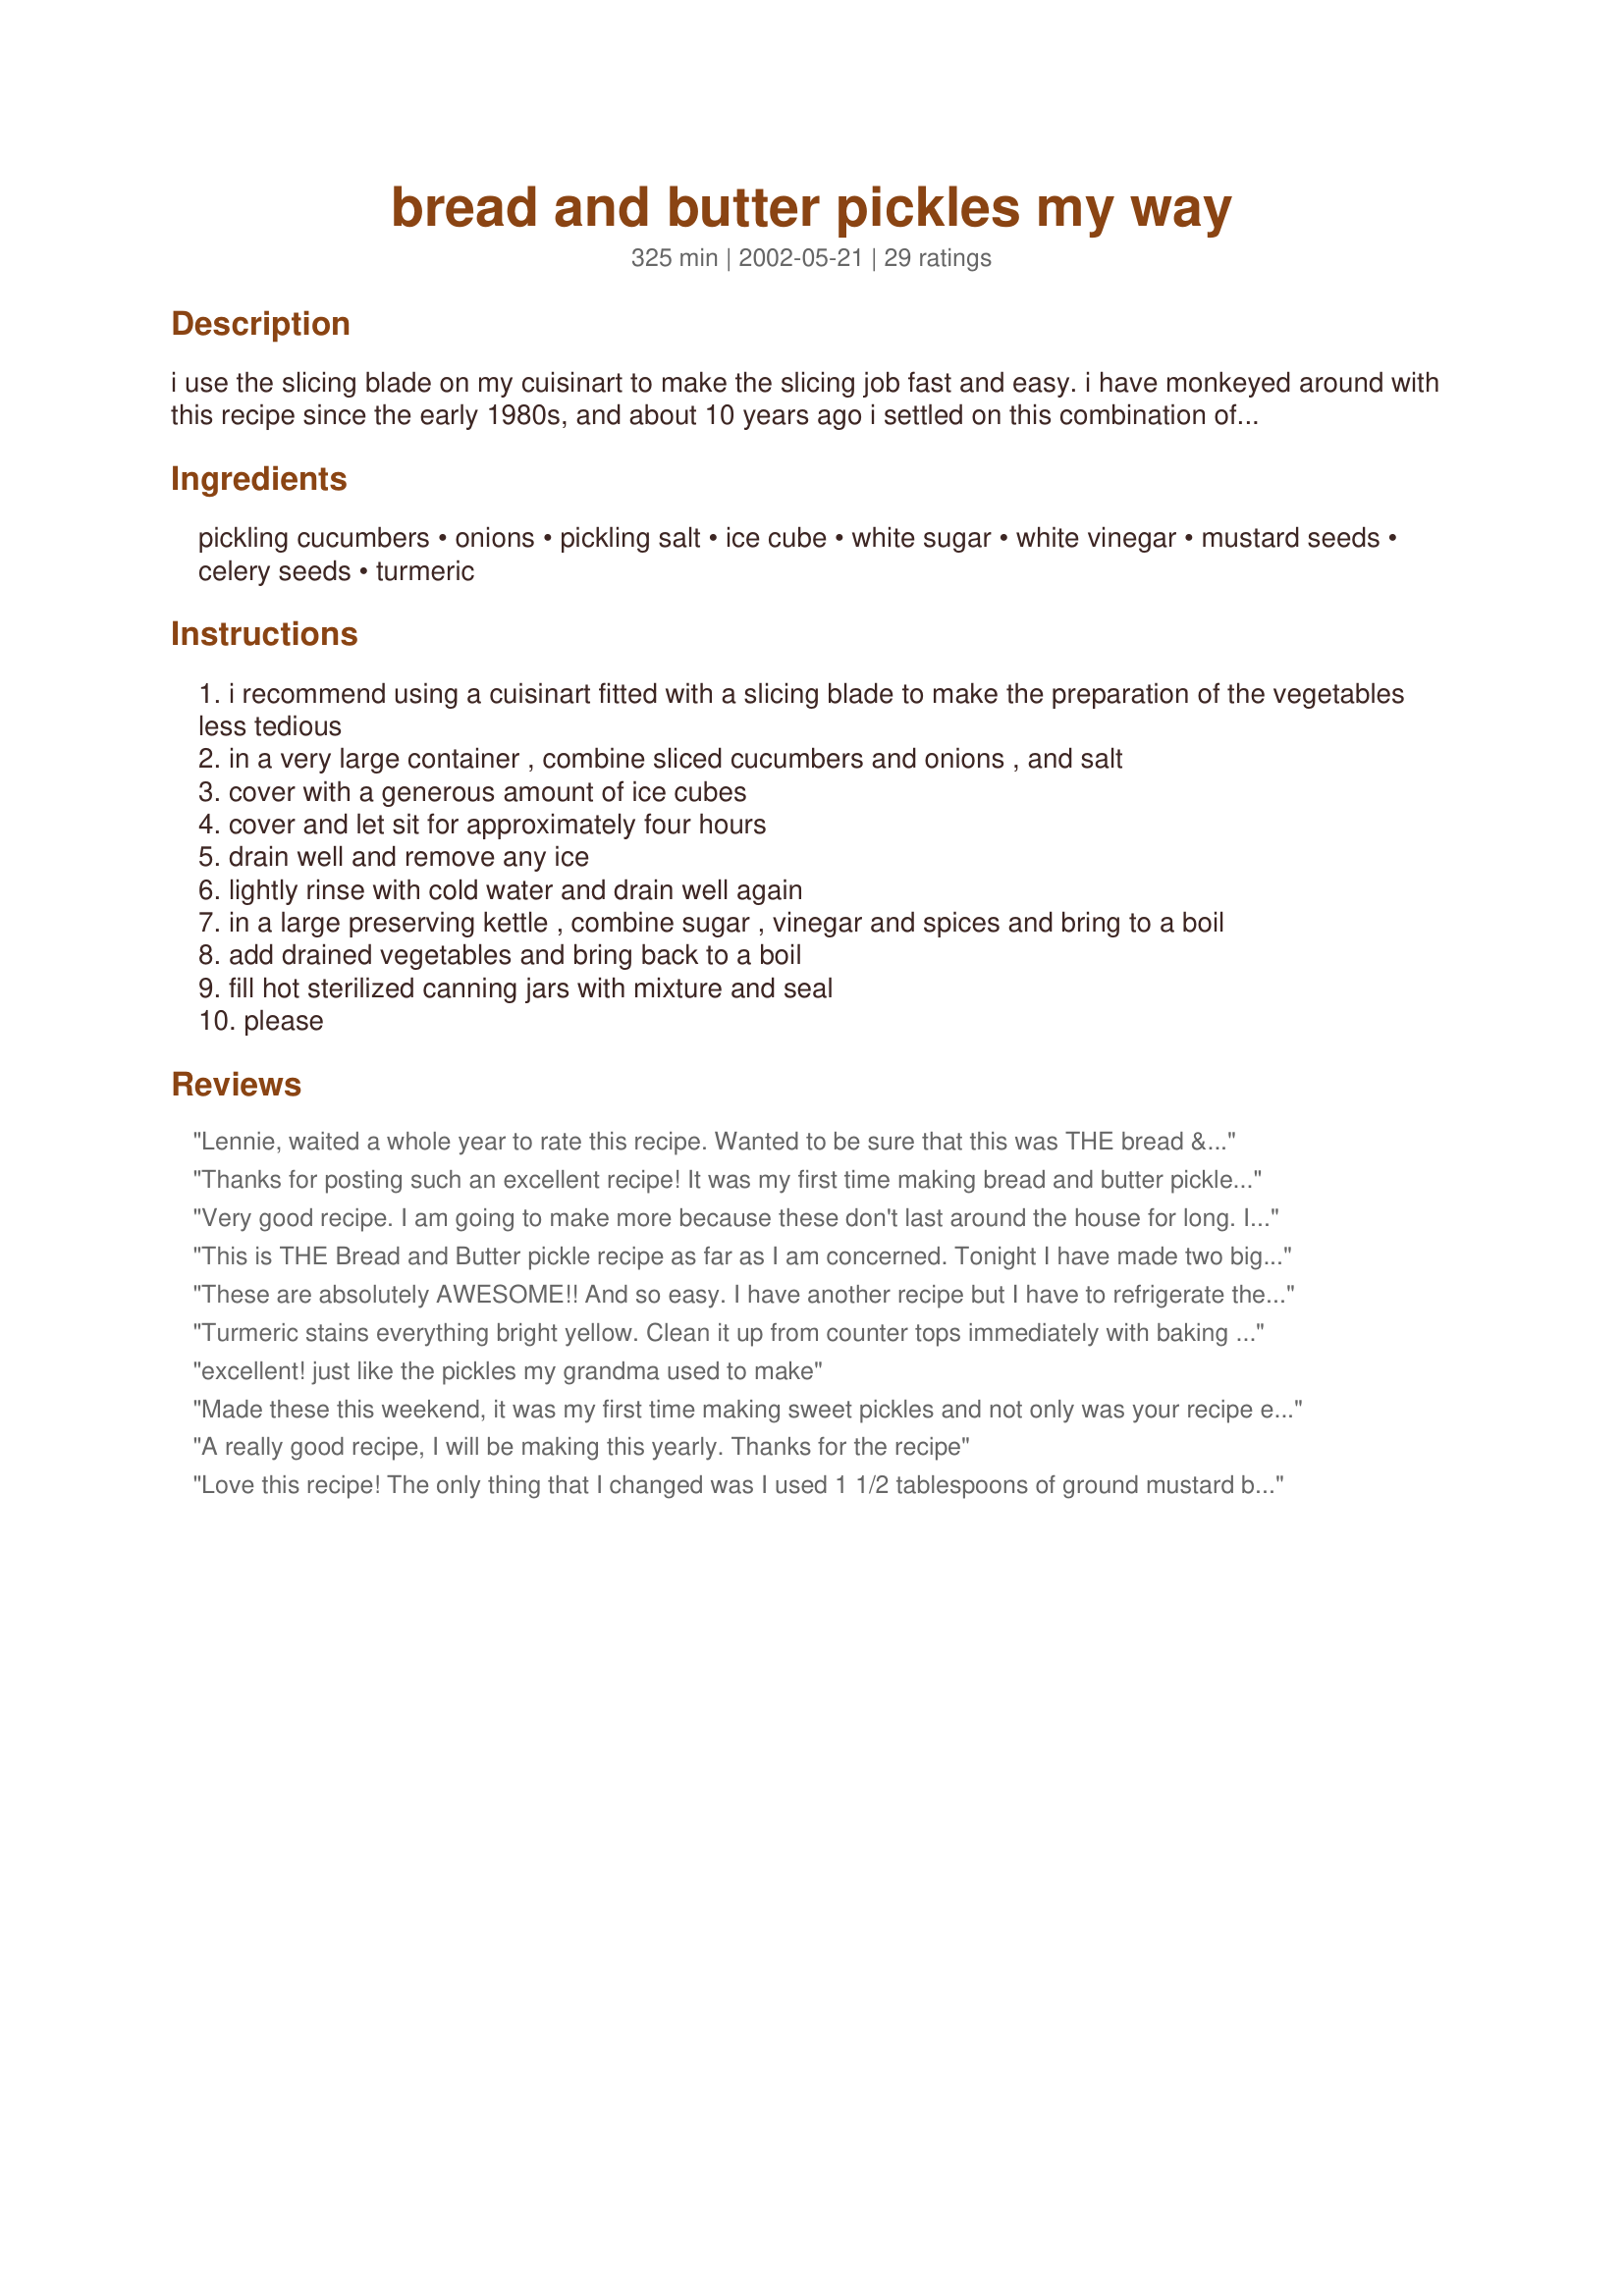
bread and butter pickles my way
Preparation time: 325 minutes

i use the slicing blade on my cuisinart to make the slicing job fast and easy. i have monkeyed around with this recipe since the early 1980s, and about 10 years ago i settled on this combination of ingredients. i don't process them (i did once and i found the texture of the pickles suffered) but you certainly can if you wish. you can also store them in the fridge (if you have room) if you have safety concerns about not processing them; they'll be eaten pretty fast so won't be taking up a lot of room for long!

Ingredients:
pickling cucumbers, onions, pickling salt, ice cube, white sugar, white vinegar, mustard seeds, celery seeds, turmeric

Steps:
i recommend using a cuisinart fitted with a slicing blade to make the preparation of the vegetables less tedious
in a very large container , combine sliced cucumbers and onions , and salt
cover with a generous amount of ice cubes
cover and let sit for approximately four hours
drain well and remove any ice
lightly rinse with cold water and drain well again
in a large preserving kettle , combine sugar , vinegar and spices and bring to a boil
add drained vegetables and bring back to a boil
fill hot sterilized canning jars with mixture and seal
please

Reviews:
Lennie, waited a whole year to rate this recipe. Wanted to be sure that this was THE bread & butter pickle recipe. It sure is! Followed the recipe exactly. Used my food processor. Did make a small batch with cider vinegar they were good as well. Just made the next winter batch. Thanks for the bit of summer on a winter burger!
Thanks for posting such an excellent recipe! It was my first time making bread and butter pickles and they turned out great! I liked how easy your directions were to follow. I only had enough to do half the batch and so i divided it and was able to get 12 half pints. thanks for an easy canning recipe-can't wait to try!
Very good recipe. I am going to make more because these don't last around the house for long. I processed them in a hot water bath and they don't seem to suffer at all from it. Next time I will make the pickle slices a little thicker. Just my preference.
This is THE Bread and Butter pickle recipe as far as I am concerned. Tonight I have made two big batches of pickles and made one with apple cider vinegar (which I expected to be better) and then these with white vinegar, and these are much better. From now on, I can't imagine that I will ever use another recipe. I used 1 tablespoon of celery seed, though, because 1.5 is more than I am used to. I think it is the right amount for my taste. These are great! Thank you SO much for sharing this recipe!
These are absolutely AWESOME!! And so easy. I have another recipe but I have to refrigerate them. I plant so many cucumbers that I soon run out of room in the fridge. So this will be a keeper forever!! Thanks so much for finding the perfect mix for these. Oh, I could not wait for the 28 cups of cucumbers so I divided it by 4 and it worked just find. Thanks again!!
Turmeric stains everything bright yellow. Clean it up from counter tops immediately with baking soda and water. Wash clothes immediately and cross your fingers.
excellent!
just like the pickles my grandma used to make
Made these this weekend, it was my first time making sweet pickles and not only was your recipe easy to follow but these are the best bread and butter pickles I've ever tasted! I used 2 baskets plus 1 quart of pickling cuecumbers which yielded 28 cups. Out of this recipe I was able to fill 13-500 ml jars and 1-1 litre jar. Thank you for sharing, this recipe will now become part of my yearly routine!!
A really good recipe, I will be making this yearly. Thanks for the recipe
Love this recipe! The only thing that I changed was I used 1 1/2 tablespoons of ground mustard because I was unable to find any mustard seeds. It still turned out great!
A #1 results, I had to substitute cucumbers with straight neck squash as my cucumbers did not fare very well this year, My mom had a recipe for squash and this one sure hit very close.Family and friends send Thanks!
Great! Never made pickles before and these are delicious!!! So easy to make and tasted just like I wanted them too. Thanks
This recipe was easy to make and Lennie was right could not keep them in the fridg for more than a week and they were gone. This is sweet and crunching at the same time the best pickles I ever eat.
This is an excellent pickle recipe and I've made it seeral times with cucumbers. Now I'm getting ready to make a batch with watermelon rind to see how it turns out.
Fabulous! I made them today and snitched a few out for eating right now. I added a sliced green pepper too. I'm not sure if it made much differnce,but it seemed like a good idea at the time. I highly recommend the recipe, sure to be on my list for next year. Thanks for sharing it with us.

Maryanne
Great recipe, nice and sweet just like i like em!! thanks for sharing!
wonderful !!! awesome !! Fantastic !!! Thank you
I quartered the recipe as it was my first time making pickles of any sort. I was really happy with how they turned out. I appreciated the specifics in the directions, very helpful! Thanks!
I had never made pickles before today, but this recipe sounded easy so I decided to try it.

I did half a batch (just type in 5 1/2, no dash), because that's how many cucumbers I had. I don't have the Cuisinart food processor, I have a Hamilton Beach that holds 14 cups. For me half a batch was 2 large onions. I didn't do step 9 in processing them and I ended up with 5 and 1/2 pints. They turned out great, Every one of the jars sealed, and they're nice and Crisp. These are way better than store-bought bread and butter pickles. Definitely next time I'll wait until I have enough cucumbers to do a full batch, thanks Lennie for so great a recipe and with such good directions that even for someone who has never made pickles before it turns out great! ;)
Excellent recipe! I just made these yesterday and after filling the last jar I decided to put the remainder in a dish so we could taste them with our BLT dinner. They were delicious and I loved the aroma in the house too! I didn't use a canner, just followed your recipe and they all popped:) Thank you for sharing!
Absolutely the best Bread & Butter Pickles - ever! I have made 3 batches so far.... I did use 3 1/2 c. splenda in place of the some of the sugar (4 c.sugar & 3 1/2 c. splenda) Works great and cuts the carbs! This is it for me and bread & butter pickles! Thank you Lennie!
My DH love Bread & Butter pickles, but was a little doubtful that they could be made at home and come out as good as store bought. He has no need to worry any more...these are way better! I will make huge batches of these every year from now on. Thanks for the great recipe!
Whoops..thought I&#039;d reviewed these last year! This makes an excellent pickle an is easy to half. I always use pickling cukes for the crispest pickles. Fiddly but good and I use my food processor as well to chop the vegetables.
This recipe reminds me of the Bread & Butter PIckles I grew up with in Pennsylvania...that all my family made. I LOVE it! Of course I had to make it "My Way" too by adding 2-3 cloves of garlic and 1 jalapeno, cut in half into each jar. The flavor was great...not too sweet...not too sour...and not too spicy/garlicy. Thanks for your post.
Great tasting pickles,made just as directed. Perfect sweet/sour taste.
I&#039;ve made 3 batches of these in the last few weeks, can&#039;t keep them in the house! Gave a few pints away, and now friends are clamoring for more. Even had requests to sell them!! By far, the best sweet pickles I&#039;ve ever had. Won&#039;t be able to tolerate store-bought ever again!&lt;br/&gt;7/2013 Update: I have been making these every summer since 2009 when I discovered this recipe! I truly believe this is the best sweet pickle I&#039;ve ever tasted. Just wanted to add that I recently found a half of a quart jar of them from last summer in the back of the fridge. They looked and smelled great, so I polished them off over the course of 2 days with tuna sandwiches. Perfect! Even after a year in the fridge! (Also, I don&#039;t process them, and keep in fridge, just in case!)
These are the best pickles I have ever had. Everyone that tries them wants me to give them a jar. They are taking them as fast as I can make them. This will be the only recipe I use for bread and butter. Thanks so much for sharing this with us!!!
Pickles from Texas
I made this into a relish. I added chopped sweet red peppers and the other veggies in the processor. This is incredible!! We love it with hot dogs, burgers, italian sausage and lots more.
Looking forward to trying your recipe. Sounds great,we have a big garden this year.
